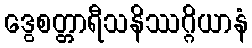
ဒွေစတ္တာရီသနိဿဂ္ဂိယာနံ